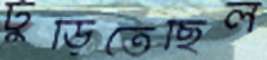
ঢুঁড়িতেছিল